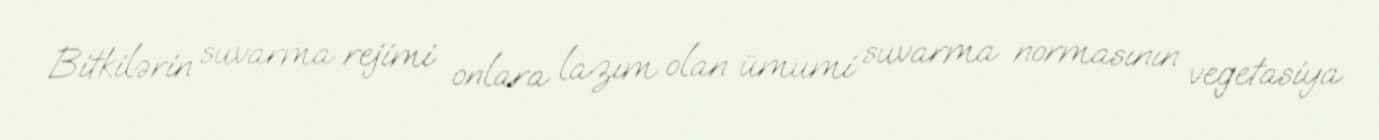
Bitkilərin suvarma rejimi onlara lazım olan ümumi suvarma normasının vegetasiya